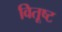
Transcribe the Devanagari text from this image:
वितूष्ट